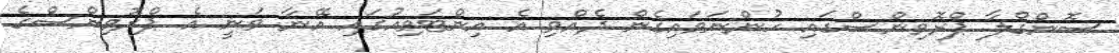
ސޮންގްލާ ޕްރޮވިންސްގައި ހުންނަވައިގެން ދެއްވި އެ އިންޓަވިއުގައި އޭނާ ވަނީ އެ ޕްރޮވިންސްގެ